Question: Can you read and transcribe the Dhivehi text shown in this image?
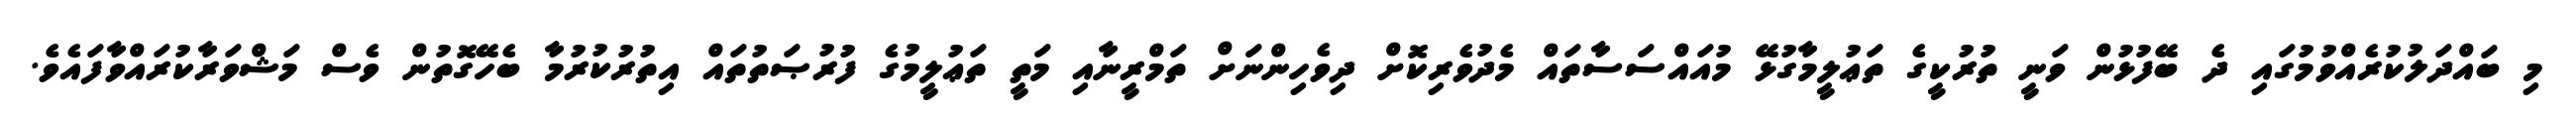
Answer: މި ބައްދަލުކުރެއްވުމުގައި ދެ ބޭފުޅުން ވަނީ ތުރުކީގެ ތަޢުލީމާގުޅޭ މުއައްސަސާތައް މެދުވެރިކޮށް ދިވެހިންނަށް ތަމްރީނާއި މަތީ ތަޢުލީމުގެ ފުރުޞަތުތައް އިތުރުކުރުމާ ބެހޭގޮތުން ވެސް މަޝްވަރާކުރައްވާފައެވެ.